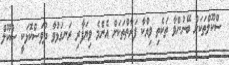
ސްކޫލްތަކަށް ބޭނުންވާ ތަކެތި ވިއްކާ ފަރާތްތަކަށް އެންމެ ވިޔަފާރި ރަނގަޅުވާ ދުވަސްކޮޅަކީ ސްކޫލް